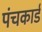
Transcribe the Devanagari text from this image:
पंचकार्ड